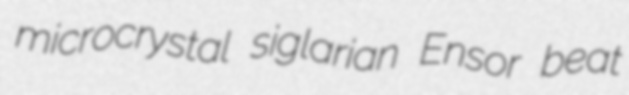
microcrystal siglarian Ensor beat